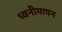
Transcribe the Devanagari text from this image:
ध्वनीमापन